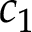
c _ { 1 }